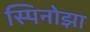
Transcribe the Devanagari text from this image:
स्पिनोझा